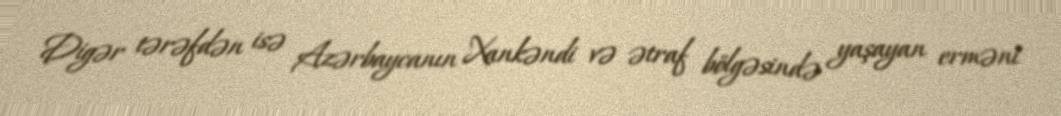
Digər tərəfdən isə Azərbaycanın Xankəndi və ətraf bölgəsində yaşayan erməni